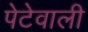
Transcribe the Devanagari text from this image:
पेटेवाली